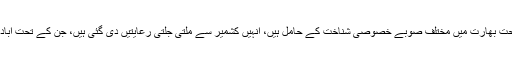
سید منظور حسین گیلانی: ہندوستان کے آئین کے آرٹیکل 371-A کے تحت بھارت میں مختلف صوبے خصوصی شناخت کے حامل ہیں، انہیں کشمیر سے ملتی جلتی رعایتیں دی گئی ہیں، جن کے تحت آبادی سمیت بہت سی باتوں کو تحفظ دیا گیا ہے، مگر ان کو نہیں چھیڑا گیا۔